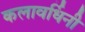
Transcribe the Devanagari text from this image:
कलावर्धिनी